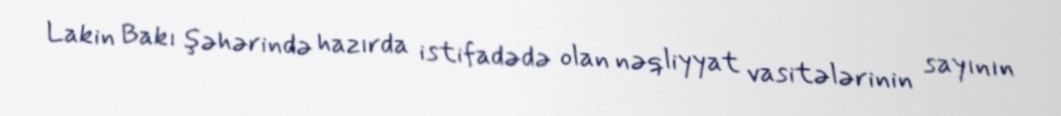
Lakin Bakı şəhərində hazırda istifadədə olan nəqliyyat vasitələrinin sayının